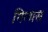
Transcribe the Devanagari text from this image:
गिलास